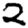
Digit: 2